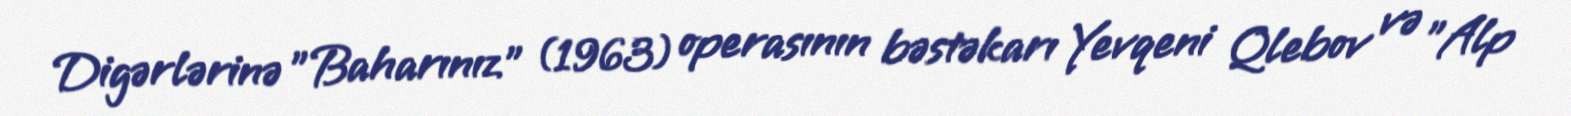
Digərlərinə "Baharınız" (1963) operasının bəstəkarı Yevqeni Qlebov və "Alp